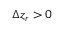
\Delta z _ { r } > 0